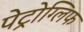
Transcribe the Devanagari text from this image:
पेट्रोग्लिफ